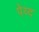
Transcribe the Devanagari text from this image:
पेय्द